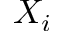
X _ { i }